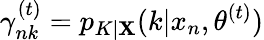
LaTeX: \gamma_{nk}^{(t)}=p_{K|\mathbf{X}}(k|x_{n},\theta^{(t)})